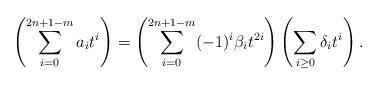
LaTeX: \begin{align*}\left( \sum_{i=0}^{2n+1-m} a_i t^i \right)= \left(\sum_{i=0}^{2n+1-m} (-1)^i \beta_i t^{2i}\right)\left(\sum_{i \geq 0} \delta_i t^i\right).\end{align*}